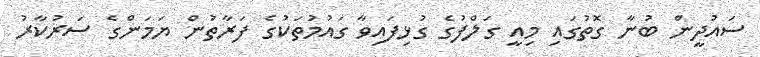
ސައުދީން ބުނާ ގޮތުގައި މިއީ ގަލްފުގެ ގުޅިފައިވާ ގައުމުތަކުގެ ފަރާތުން ޔަމަންގެ ސަރުކާރު